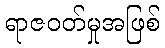
ရာဇဝတ်မှုအဖြစ်